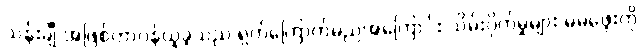
သန်းချီ အဖြစ်တာဝန်ယူခဲ့သည် ရှက်ကြောက်မည်အကြောင်း သိမ်းပိုက်မှုများ မမဖွေးကို